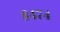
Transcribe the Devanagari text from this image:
८४७४